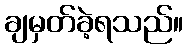
ချမှတ်ခဲ့ရသည်။